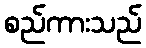
စည်ကားသည်